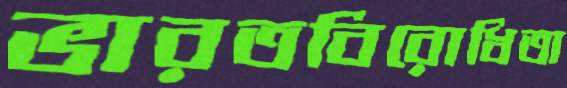
ভারতবিরোধিতা